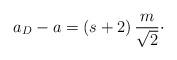
LaTeX: \begin{align*}a_D-a=(s+2)\, {m\over\sqrt{2}}\cdotp\end{align*}